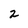
Character: 2